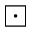
\boxdot